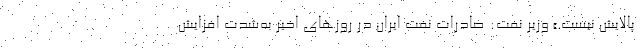
پالایش نیست.» وزیر نفت: صادرات نفت ایران در روزهای اخیر به‌شدت افزایش